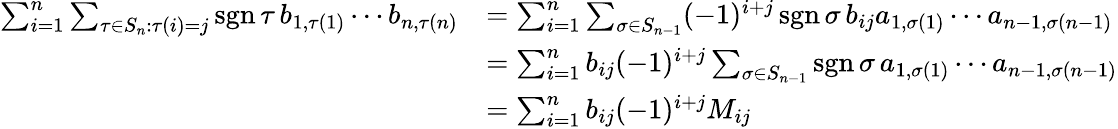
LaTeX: {\begin{array}{rl}{\sum_{i=1}^{n}\sum_{\tau\in S_{n}:\tau(i)=j}\operatorname{sgn}\tau\, b_{1,\tau(1)}\cdots b_{n,\tau(n)}}&{=\sum_{i=1}^{n}\sum_{\sigma\in S_{n-1}}(-1)^{i+j}\operatorname{sgn}\sigma\, b_{ij}a_{1,\sigma(1)}\cdots a_{n-1,\sigma(n-1)}}\\ &{=\sum_{i=1}^{n}b_{ij}(-1)^{i+j}\sum_{\sigma\in S_{n-1}}\operatorname{sgn}\sigma\, a_{1,\sigma(1)}\cdots a_{n-1,\sigma(n-1)}}\\ &{=\sum_{i=1}^{n}b_{ij}(-1)^{i+j}M_{ij}}\end{array}}